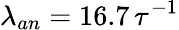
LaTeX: \lambda_{an}=16.7\, \tau^{-1}